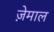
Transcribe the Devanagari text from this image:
ज़ेमाल